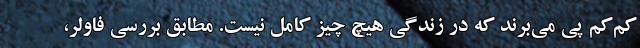
کم‌کم پی می‌برند که در زندگی هیچ چیز کامل نیست. مطابق بررسی فاولر،